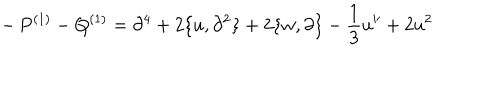
- \, P ^ { ( 1 ) } - Q ^ { ( 1 ) } = \partial ^ { 4 } + 2 \{ u , \partial ^ { 2 } \} + 2 \{ w , \partial \} - \frac { 1 } { 3 } u ^ { \prime \prime } + 2 u ^ { 2 }